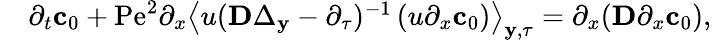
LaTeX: \begin{array}{rl}&{\partial_{t}\mathbf{c}_{0}+\mathrm{Pe}^{2}\partial_{x}\left\langle u(\mathbf{D}\Delta_{\mathbf{y}}-\partial_{\tau})^{-1}\left(u\partial_{x}\mathbf{c}_{0}\right)\right\rangle_{\mathbf{y},\tau}=\partial_{x}(\mathbf{D}\partial_{x}\mathbf{c}_{0}),}\end{array}